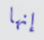
إنها